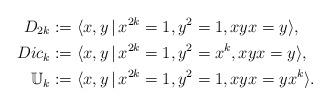
LaTeX: \begin{align*} D_{2k}&:=\langle x,y\, |\, x^{2k}=1, y^{2}=1, xyx=y\rangle,\\ Dic_k&:=\langle x,y\,|\, x^{2k}=1, y^2=x^k, xyx=y\rangle,\\ \mathbb U_k&:=\langle x,y\,|\,x^{2k}=1,y^{2}=1,xyx=yx^k \rangle. \\ \end{align*}